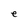
Character: e